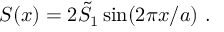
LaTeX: S ( x ) = 2 \tilde { S } _ { 1 } \sin ( 2 \pi x / a ) \ .